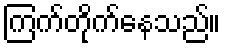
ကြက်တိုက်နေသည်။